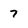
Character: 7